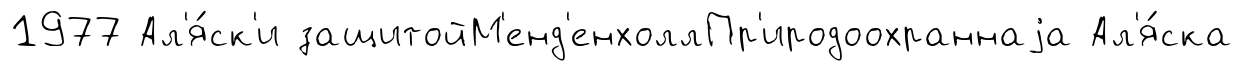
1977 Ал'я́ск'и защитойМ'енд'енхоллПр'иродоохраннаjа Ал'я́ска